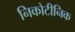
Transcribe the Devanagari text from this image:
निकोटीनिक